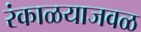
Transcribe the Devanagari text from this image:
रंकाळयाजवळ